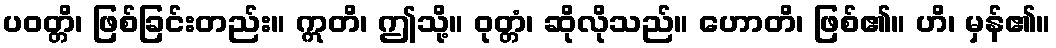
ပဝတ္တိ၊ ဖြစ်ခြင်းတည်း။ ဣတိ၊ ဤသို့။ ဝုတ္တံ၊ ဆိုလိုသည်။ ဟောတိ၊ ဖြစ်၏။ ဟိ၊ မှန်၏။